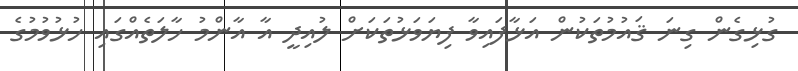
ގުޅިގެން ގިނަ ޤައުމުތަކުން އަޅާފައިވާ ފިޔަވަޅުތަކަށް ލުއިދީ އާ އާންމު ހާލަތެއްގައި ހުޅުވުމުގެ